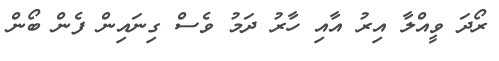
ރޯދަ ވީއްލާ އިރު އާއި ހާރު ދަމު ވެސް ގިނައިން ފެން ބޯން